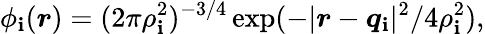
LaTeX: \phi_{\mathbf{i}}(\boldsymbol{r})=(2\pi\rho_{\mathbf{i}}^{2})^{-3/4}\exp(-|\boldsymbol{r}-\boldsymbol{q}_{\mathbf{i}}|^{2}/4\rho_{\mathbf{i}}^{2}),